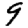
Digit: 9